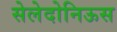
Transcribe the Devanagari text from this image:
सेलेदोनिऊस